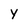
Character: Y